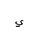
Letter: _ya